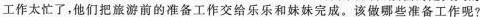
工作太忙了，他们把旅游前的准备工作交给乐乐和妹妹完成。该做哪些准备工作呢？